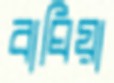
বাঘিয়া